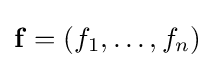
\mathbf {f} =(f_{1},\ldots ,f_{n})